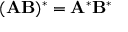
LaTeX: ( \mathbf { A B } ) ^ { * } = \mathbf { A } ^ { * } \mathbf { B } ^ { * }